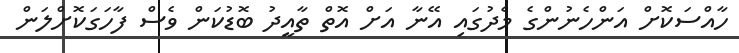
ހާއްސަކޮށް އަންހެނުންގެ މެދުގައި އޭނާ އަށް އޮތް ތާއީދު ބޮޑުކަން ވެސް ފާހަގަކޮށްލަން